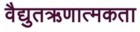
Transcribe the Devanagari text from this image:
वैद्युतऋणात्मकता